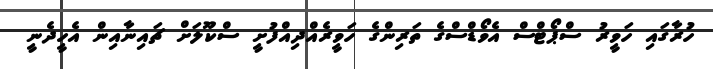
ހުރާގައި ހަވީރު ސްޕޯޓްސް އެވޯޑްސްގެ ތަރިންގެ ހަވީރެއްދިއްފުށީ ސްކޫލަށް ޗައިނާއިން އެހީދެނީ